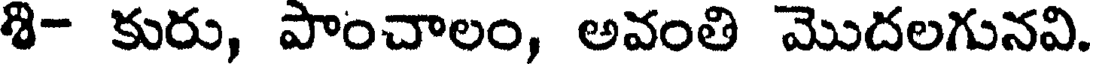
శి- కురు, పాంచాలం, అవంతి మొదలగునవి.